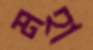
মহা